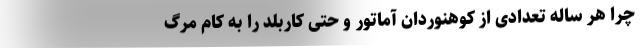
چرا هر ساله تعدادی از کوهنوردان آماتور و حتی کاربلد را به کام مرگ